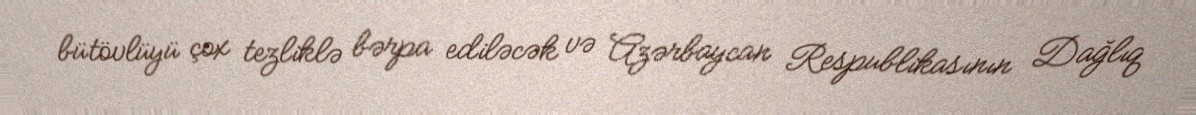
bütövlüyü çox tezliklə bərpa ediləcək və Azərbaycan Respublikasının Dağlıq